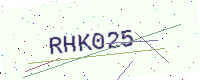
Text: RHK025